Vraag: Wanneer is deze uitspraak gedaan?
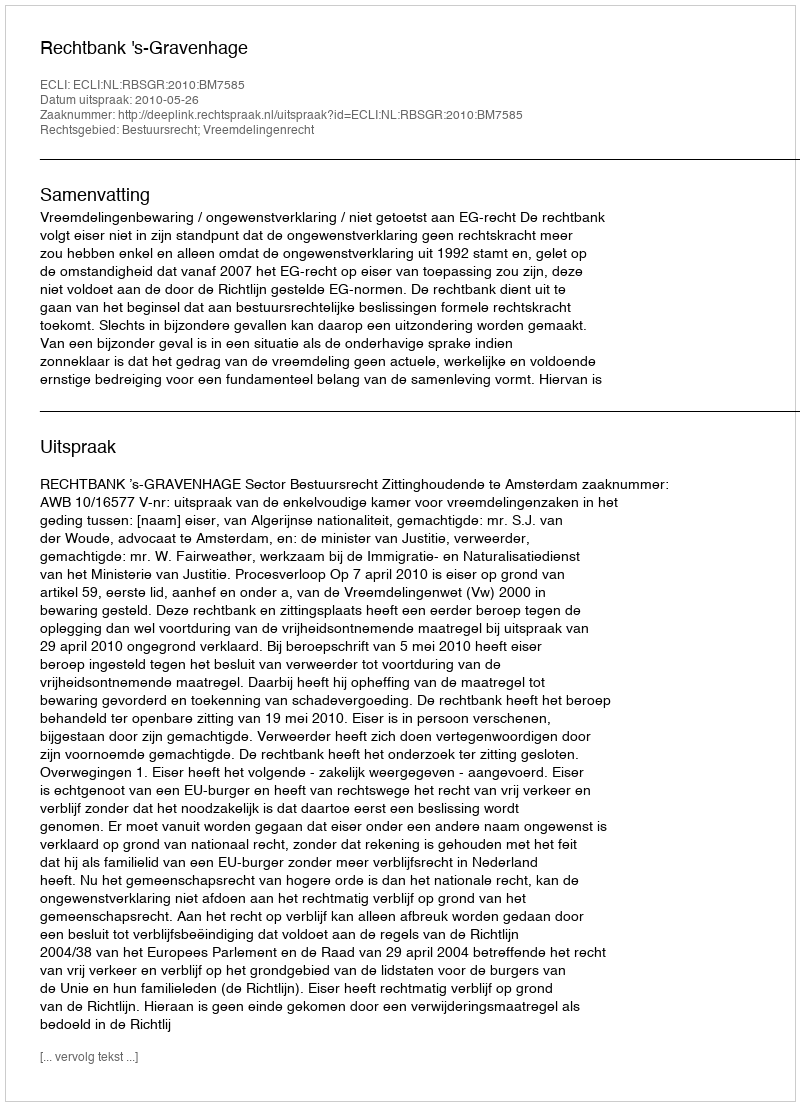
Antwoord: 2010-05-26